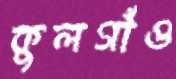
কুলগাঁও